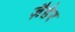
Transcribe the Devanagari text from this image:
ज़ैडेर